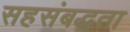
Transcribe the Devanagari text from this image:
सहसंबद्धता